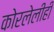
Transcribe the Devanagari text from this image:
कोरलेलीही